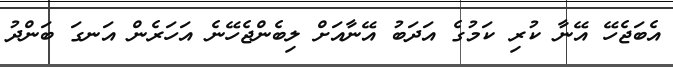
އެބަޖެހޭ އޭނާ ކުރި ކަމުގެ އަދަބު އޭނާއަށް ލިބެންޖެހޭނެ އަހަރެން އަނގަ ބަންދު